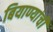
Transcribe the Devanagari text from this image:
बियाण्यांची